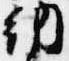
納